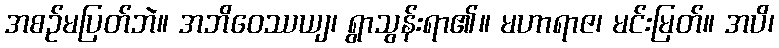
အစဉ်မပြတ်ဘဲ။ အဘိဝေဿယျ၊ ရွာသွန်းရာ၏။ မဟာရာဇ၊ မင်းမြတ်။ အပိ၊